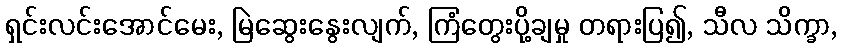
ရှင်းလင်းအောင်မေး, မြဲဆွေးနွေးလျက်, ကြံတွေးပို့ချမှု တရားပြ၍, သီလ သိက္ခာ,